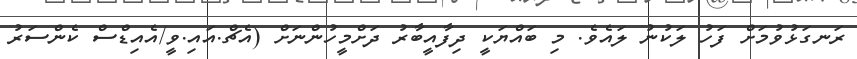
ރަނގަޅުވުމަށް ފަހު ލަކުނު ލައެވެ. މި ބައްޔަކީ ދިފާއީބާރު ދަށްމީހުންނަށް (އެޗް.އައި.ވީ/އެއިޑްސް ކެންސަރު